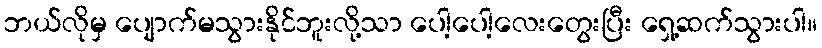
ဘယ်လိုမှ ပျောက်မသွားနိုင်ဘူးလို့သာ ပေါ့ပေါ့လေးတွေးပြီး ရှေ့ဆက်သွားပါ။